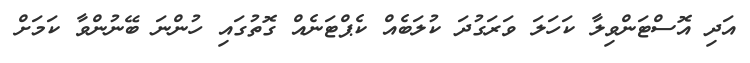
އަދި އޮސްޓަންވިލާ ކަހަލަ ވަރަގުދަ ކުލަބެއް ކެޕްޓަނެއް ގޮތުގައި ހުންނަ ބޭނުންވާ ކަމަށް